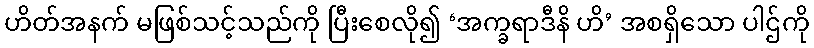
ဟိတ်အနက် မဖြစ်သင့်သည်ကို ပြီးစေလို၍ ‘အက္ခရာဒီနိ ဟိ’ အစရှိသော ပါဌ်ကို